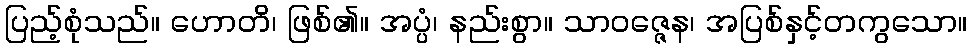
ပြည့်စုံသည်။ ဟောတိ၊ ဖြစ်၏။ အပ္ပံ၊ နည်းစွာ။ သာဝဇ္ဇေန၊ အပြစ်နှင့်တကွသော။